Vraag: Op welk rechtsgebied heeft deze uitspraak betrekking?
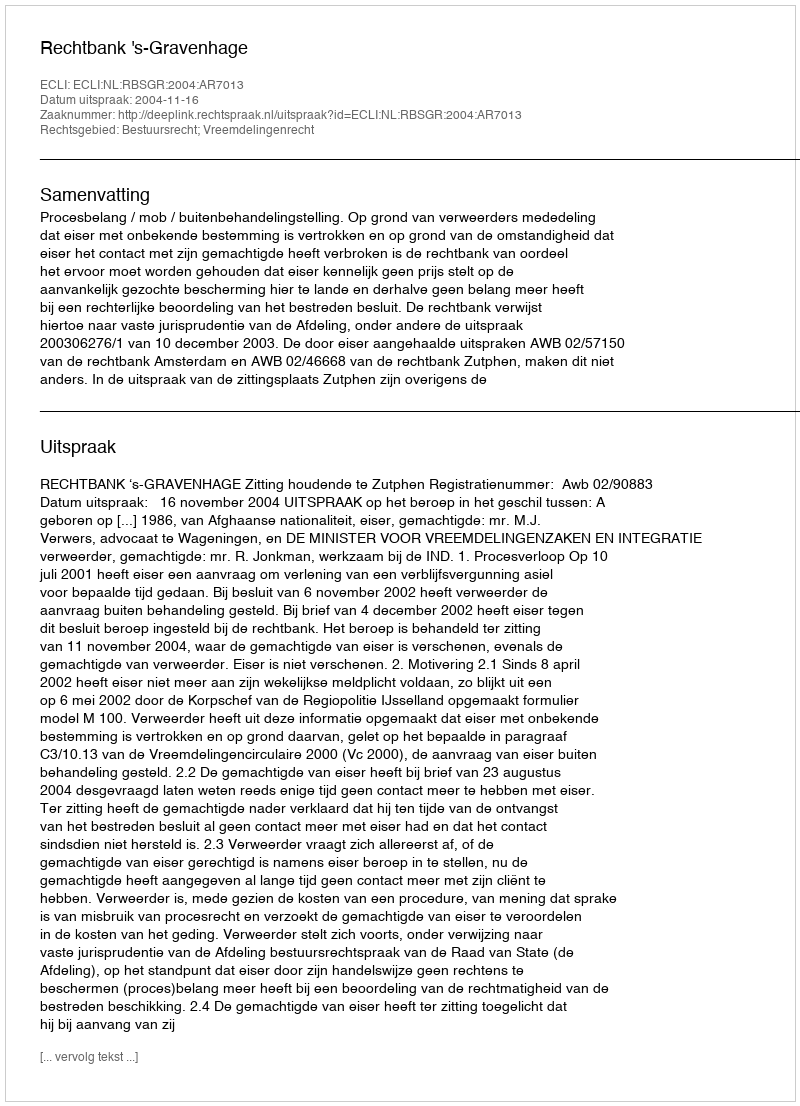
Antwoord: Bestuursrecht; Vreemdelingenrecht